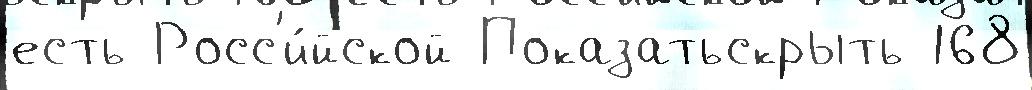
есть Росс'и́йской Показатьскрыть 168